Vaccination in the Punjab 1867-1880 - 1867-1880
Year: 1867
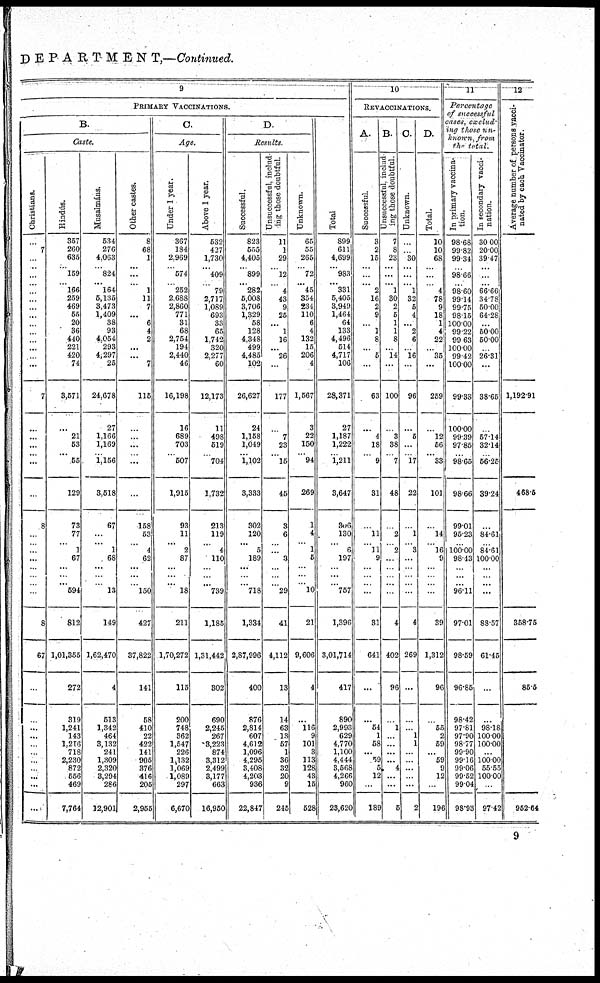
DEPARTMENT,—.Continued.
9
PRIMARY VACCINATIONS.
B.
Caste.
Christians.
...
7
...
... ...
...
...
...
...
...
...
...
...
...
...
...
7
...
...
...
... ...
...
8
...
... ...
...
...
...
...
...
8
67
...
...
...
...
...
...
...
...
...
...
...
Hindis.
357
260
635
... 159
... 166
259
469
55
20
36
440
221
420
74
3,571
...
21
53
...
55
129
73
77
...
1
67
...
...
... 594
812
1,01,355
272
319
1,241
143
1.216
718
2,230
872
556
469
7,764
Musalmáns.
534
276
4,063
... 824
... 164
5,135
3,473
1,409
38
93
4,054
293
4,297
25
24,678
27
1,166
1,169
... 1,156
3,518
67
...
...
1
68
...
...
...
13
149
1,62,470
4
513
1,342
464
3,132
241
1,309
2,320
3,294
286
12,901
Other castes.
8
68
1
... ...
...
1
11
7
...
6
4
2
...
...
7
115
...
...
...
... ...
...
158
53
...
4
62
...
...
... 150
427
37,822
141
58
410
22
422
141
905
376
416
205
2,955
C.
Age.
Under 1 year.
367
184
2.969
... 574
... 252
2,688
2,860
771
31
68
2,754
194
2,440
46
16,198
16
689
703
... 507
1,015
93
11
...
2
87
...
...
... 18
211
1,70,272
115
200
748
362
1,547
226
l,132
1,069
1,089
297
6,670
Above 1 year.
532
427
1,730
... 409
... 79
2,717
1,089
693
33
65
1,742
320
2,277
60
12,173
11
498
519
... 704
1,732
213
119
...
4
110
...
... ... 739
1,185
1,31,442
302
690
2,245
267
3,223
874
3,312
2,499
3,177
663
16,950
D.
Results.
Successful.
823
555
4,405
... 899
... 282
5,008
3,706
1,329
58
128
4,348
499
4,485
102
26,627
24
1,158
1,049
... 1,102
3,333
302
120
...
5
189
...
...
... 718
1,334
2,87,996
400
876
2,814
607
4,612
1,096
4,295
3,408
4,203
936
22,847
Unsuccessful, includ-
ing those doubtful.
11
1
29
... 12
... 4
43
9
25
...
1
16
...
26
...
177
...
7
23
... 15
45
3
6
... ...
3
...
...
... 29
41
4,112
13
14
63
13
57
1
36
32
20
9
245
Unknown.
65
55
265
... 72
... 45
354
234
110
6
4
132
15
206
4
1,567
3
22
150
... 94
269
1
4
... 1
5
...
...
... 10
21
9,606
4
...
116
9
101
3
113
128
43
15
528
Total
899
611
4,699
... 983
... 331
5,405
3,949
1,464
64
133
4,496
514
4,717
106
28,371
27
1,187
1,222
... 1,211
3,647
336
130
...
6
197
...
...
... 757
1,396
3,01,714
417
890
2,993
629
4,770
1,100
4,444
3,568
4,266
960
23,620
10
REVACCINATIONS.
A.
Successful.
3
2
15
... ...
... 2
16
2
9
...
1
8
...
5
...
63
...
4
18
... 9
31
...
11
... 11
9
...
...
...
...
31
641
...
...
54
1
58
...
59
5
12
...
189
B.
Unsuccessful, includ-
ing those doubtful.
7
8
23
... ...
... 1
30
2
6
1
1
8
...
14
...
100
...
3
38
... 7
48
...
2
... 2
...
...
...
...
...
4
402
96
...
1
...
...
...
...
4
...
...
5
C.
Unknown.
...
...
30
... ...
... 1
32
5
4
...
2
6
...
16
...
96
...
5
...
... 17
22
...
1
... 3
...
...
...
...
...
4
269
...
...
...
1
1
...
...
...
...
...
2
D.
Total.
10
10
68
... ...
... 4
78
9
18
1
4
22
...
35
...
259
...
12
56
... 33
101
...
14
... 16
9
...
...
...
...
39
1,312
96
...
55
2
59
...
59
9
12
...
196
11
Percentage
of successful
cases, exclud-
ing those un-
known, from
the. total.
In primary vaccina-
tion.
98.68
99.82
99.34
... 98.66
... 98.60
99.14
99.75
98.15
100.00
99.22
99 63
100.00
99.42
100.00
99.33
100.00
99.39
97.85
... 98.65
98.66
99.01
95.23
... 100.00
98.13
...
... ...
96.11
97.01
98.59
96.85
98.42
97.81
97.90
98 77
99.90
99.16
99.06
99.52
99.04
98.93
In secondary vacci-
nation.
30.00
20.00
39.47
... ...
... 66.66
34 78
50.00
64.28
...
50 00
50.00
...
26.31
...
38.65
...
57.14
32.14
... 56.25
39.24
...
84.61
... 84.61
100.00
...
... ...
...
88.57
61.45
...
...
98.18
100.00
100.00
...
100.00
55.55
100.00
...
97.42
12
Average number of persons vacci-
nated by each Vaccinator.
1,192.91
468.5
368.75
86.5
962.64
9